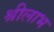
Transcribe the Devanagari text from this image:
श्रीलाभ